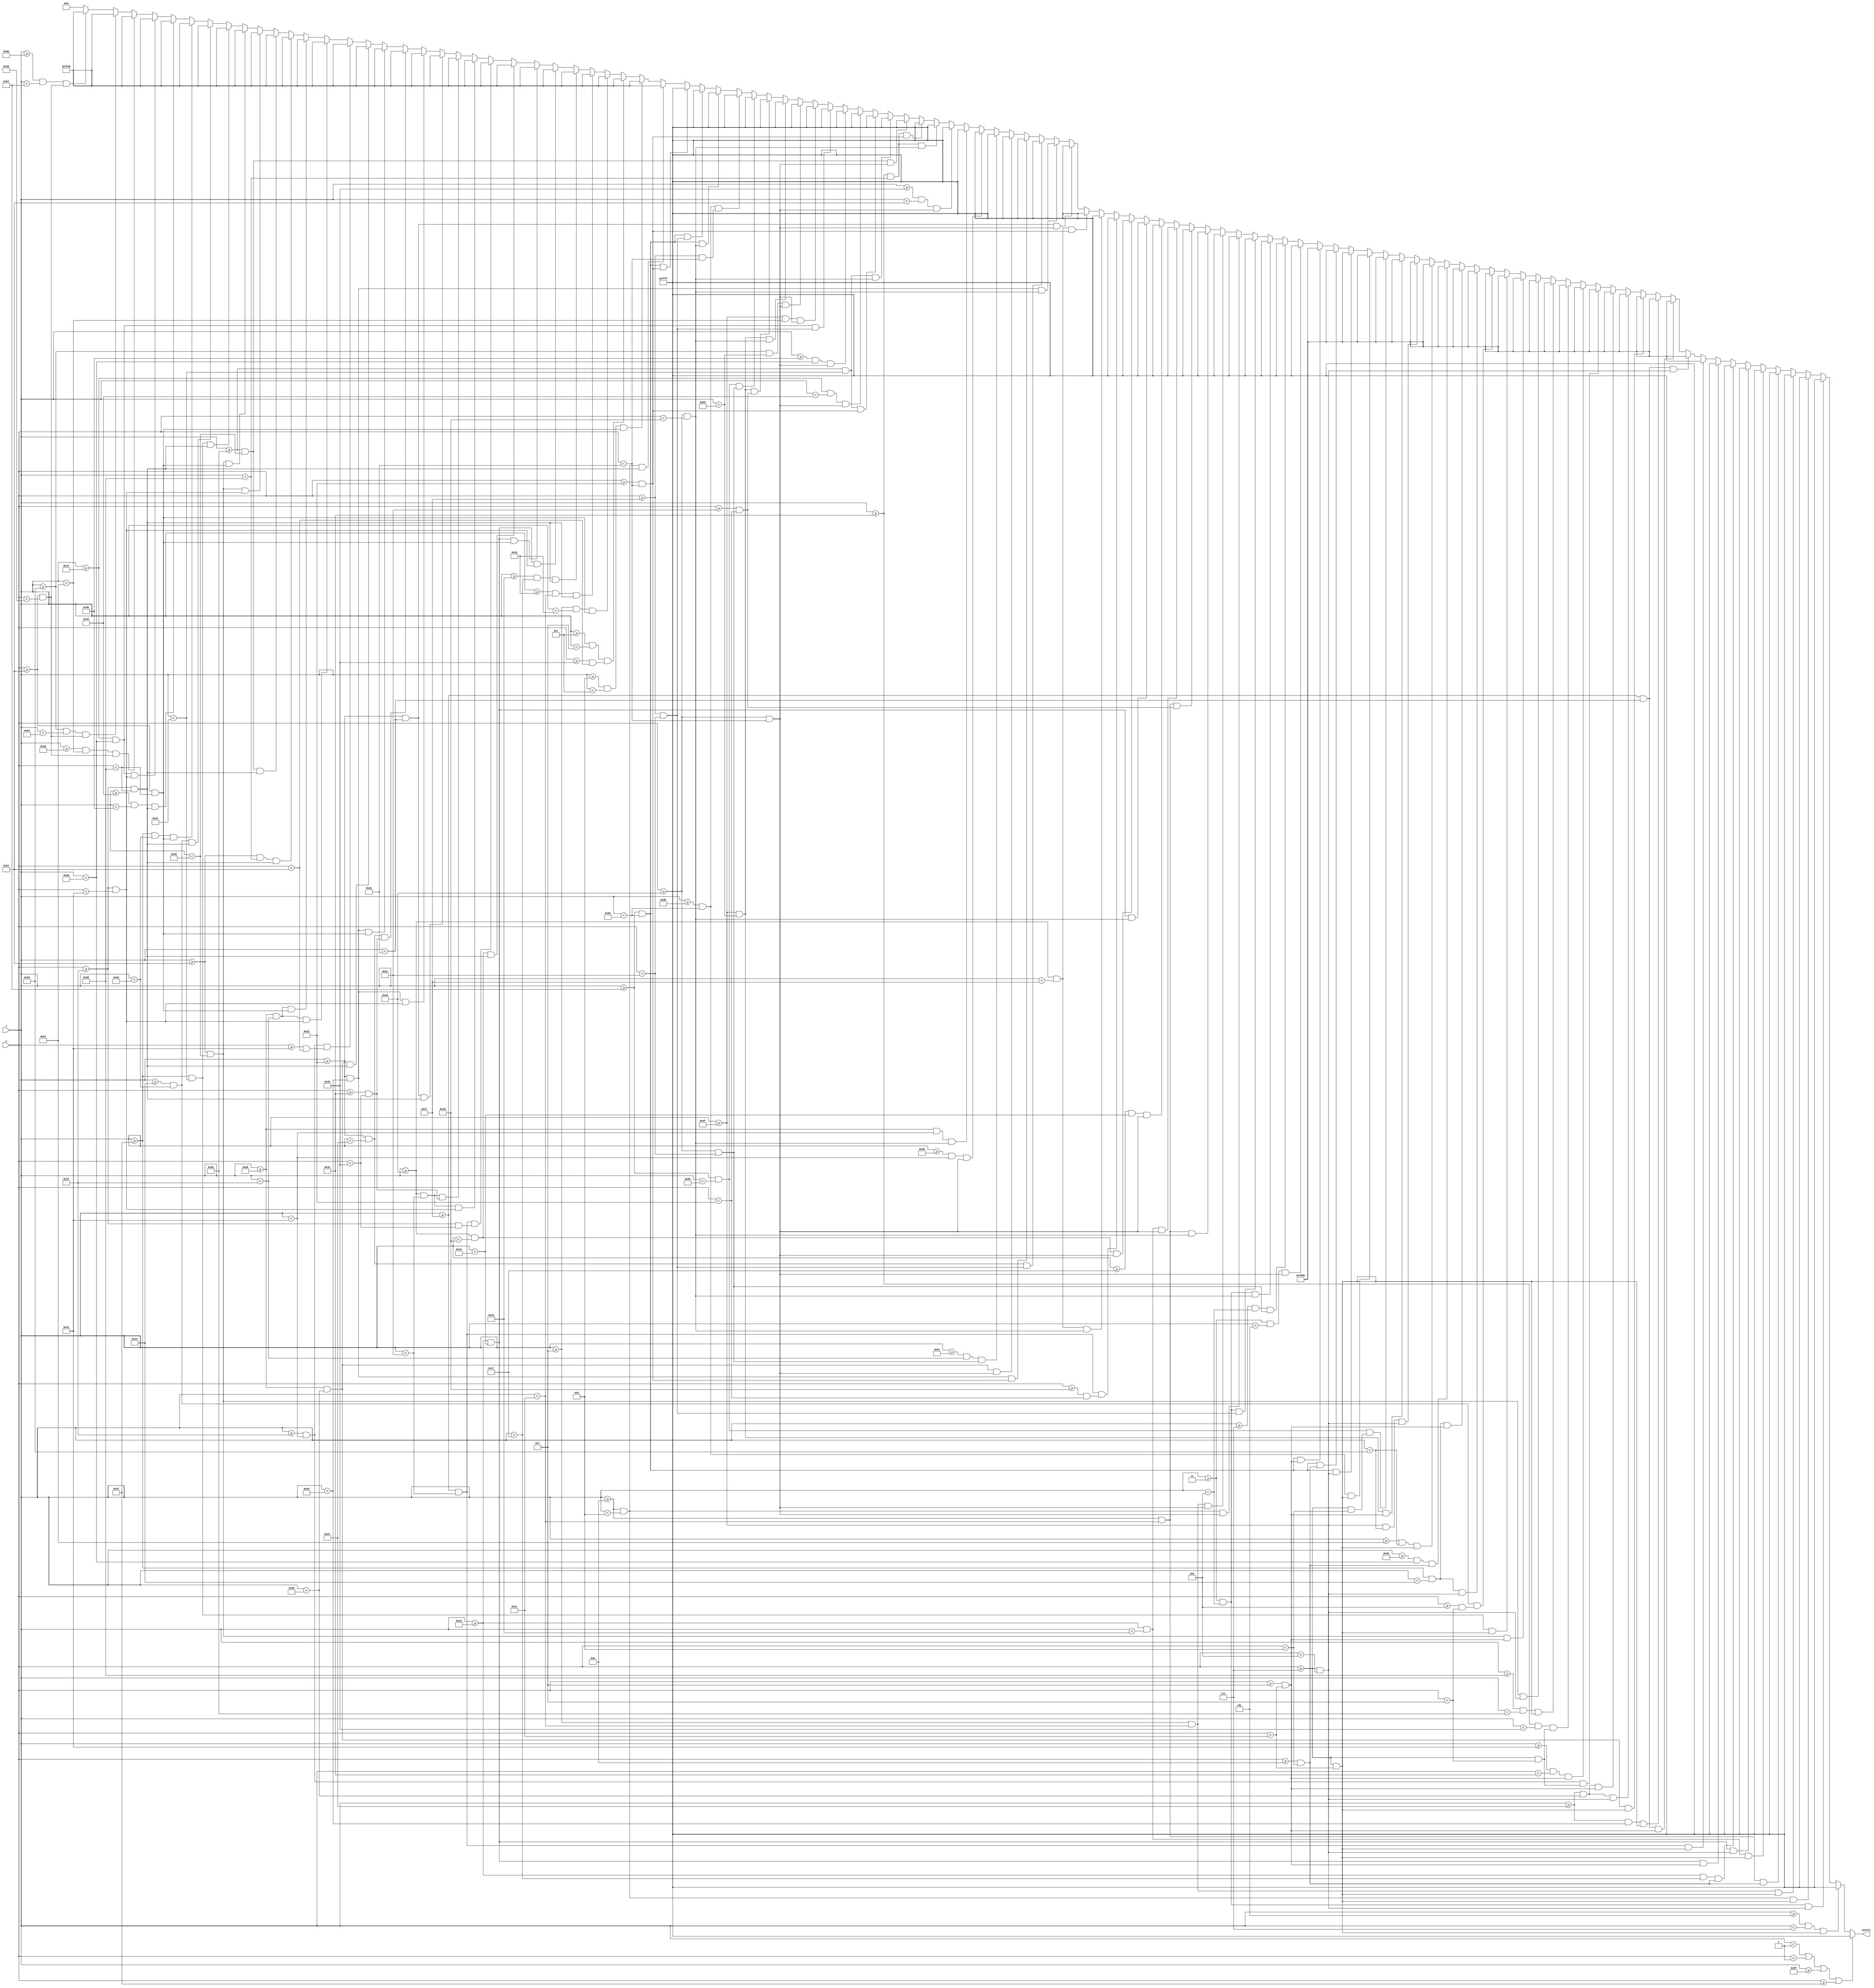
`timescale 1ns / 1ps
//////////////////////////////////////////////////////////////////////////////////
// Company: 
// Engineer: 
// 
// Design Name: 
// Module Name: intro2
// Project Name: 
// Target Devices: 
// Tool Versions: 
// Description: 
// 
// Dependencies: 
// 
// Revision:
// Revision 0.01 - File Created
// Additional Comments:
// 
//////////////////////////////////////////////////////////////////////////////////


// THE COVID-19 PANDEMIC HAS WIPED OUT...
module intro2(
    input [6:0] x,
    input [5:0] y,
    output reg [15:0] pixels
    );
    
    always @ (*) begin
             if (x < 1 || y < 1 || x >= 95 || y >= 63)                 pixels = 16'hFFFF;
             
//        Intro 2
        else if ((x >= 3+2 && x < 3+4) && (y >= 7 && y < 7+10))         pixels = 16'hFFFF; 
        else if ((x >= 3 && x < 3+6)   && (y >= 7 && y < 7+2))          pixels = 16'hFFFF; 
        else if ((x >= 11 && x < 11+2)   && (y >= 7 && y < 7+10))       pixels = 16'hFFFF; 
        else if ((x >= 11+4 && x < 11+6) && (y >= 7 && y < 7+10))       pixels = 16'hFFFF; 
        else if ((x >= 11 && x < 11+6)   && (y >= 7+4 && y < 7+6))      pixels = 16'hFFFF; 
        else if ((x >= 19 && x < 19+2)   && (y >= 7 && y < 7+10))       pixels = 16'hFFFF; 
        else if ((x >= 19 && x < 19+6)   && (y >= 7 && y < 7+2))        pixels = 16'hFFFF; 
        else if ((x >= 19 && x < 19+4)   && (y >= 7+4 && y < 7+6))      pixels = 16'hFFFF; 
        else if ((x >= 19 && x < 19+6)   && (y >= 7+8 && y < 7+10))     pixels = 16'hFFFF; 
        else if ((x >= 31 && x < 31+2)   && (y >= 7 && y < 7+10))       pixels = 16'hF800; 
        else if ((x >= 31 && x < 31+6)   && (y >= 7 && y < 7+2))        pixels = 16'hF800; 
        else if ((x >= 31 && x < 31+6)   && (y >= 7+8 && y < 7+10))     pixels = 16'hF800; 
        else if ((x >= 39 && x < 39+2)   && (y >= 7 && y < 7+10))       pixels = 16'hF800; 
        else if ((x >= 39+4 && x < 39+6) && (y >= 7 && y < 7+10))       pixels = 16'hF800; 
        else if ((x >= 39 && x < 39+6)   && (y >= 7 && y < 7+2))        pixels = 16'hF800; 
        else if ((x >= 39 && x < 39+6)   && (y >= 7+8 && y < 7+10))     pixels = 16'hF800; 
        else if ((x >= 47 && x < 47+2)   && (y >= 7 && y < 7+8))        pixels = 16'hF800; 
        else if ((x >= 47+2 && x < 47+4) && (y >= 7+8 && y < 7+10))     pixels = 16'hF800; 
        else if ((x >= 47+4 && x < 47+6) && (y >= 7 && y < 7+8))        pixels = 16'hF800; 
        else if ((x >= 55+2 && x < 55+4) && (y >= 7 && y < 7+10))       pixels = 16'hF800; 
        else if ((x >= 55 && x < 55+6)   && (y >= 7 && y < 7+2))        pixels = 16'hF800; 
        else if ((x >= 55 && x < 55+6)   && (y >= 7+8 && y < 7+10))     pixels = 16'hF800; 
        else if ((x >= 63 && x < 63+2)   && (y >= 7 && y < 7+10))       pixels = 16'hF800; 
        else if ((x >= 63+4 && x < 63+6) && (y >= 7+2 && y < 7+8))      pixels = 16'hF800; 
        else if ((x >= 63 && x < 63+4)   && (y >= 7 && y < 7+2))        pixels = 16'hF800; 
        else if ((x >= 63 && x < 63+4)   && (y >= 7+8 && y < 7+10))     pixels = 16'hF800; 
        else if ((x >= 72 && x < 72+5) && (y >= 11 && y < 11+2))        pixels = 16'hF800; 
        else if ((x >= 79+2 && x < 79+4) && (y >= 7   && y < 7+10))     pixels = 16'hF800; 
        else if ((x >= 79   && x < 79+4) && (y >= 7   && y < 7+2))      pixels = 16'hF800; 
        else if ((x >= 79   && x < 79+6) && (y >= 7+8 && y < 7+10))     pixels = 16'hF800; 
        else if ((x >= 87   && x < 87+2) && (y >= 7   && y < 7+6))      pixels = 16'hF800; 
        else if ((x >= 87+4 && x < 87+6) && (y >= 7   && y < 7+10))     pixels = 16'hF800; 
        else if ((x >= 87   && x < 87+6) && (y >= 7   && y < 7+2))      pixels = 16'hF800; 
        else if ((x >= 87   && x < 87+6) && (y >= 7+4 && y < 7+6))      pixels = 16'hF800; 
        else if ((x >= 87   && x < 87+6) && (y >= 7+8 && y < 7+10))     pixels = 16'hF800; 
        else if ((x >= 3 && x < 3+2)   && (y >= 27 && y < 27+10))       pixels = 16'hFFFF; 
        else if ((x >= 3+4 && x < 3+6) && (y >= 27 && y < 27+6))        pixels = 16'hFFFF; 
        else if ((x >= 3 && x < 3+6)   && (y >= 27 && y < 27+2))        pixels = 16'hFFFF; 
        else if ((x >= 3 && x < 3+6)   && (y >= 27+4 && y < 27+6))      pixels = 16'hFFFF; 
        else if ((x >= 11 && x < 11+2)   && (y >= 27 && y < 27+10))     pixels = 16'hFFFF; 
        else if ((x >= 11+4 && x < 11+6) && (y >= 27 && y < 27+10))     pixels = 16'hFFFF; 
        else if ((x >= 11 && x < 11+6)   && (y >= 27 && y < 27+2))      pixels = 16'hFFFF; 
        else if ((x >= 11 && x < 11+6)   && (y >= 27+6 && y < 27+8))    pixels = 16'hFFFF; 
        else if ((x >= 19 && x < 19+2)   && (y >= 27 && y < 27+10))     pixels = 16'hFFFF; 
        else if ((x >= 19+4 && x < 19+6) && (y >= 27 && y < 27+10))     pixels = 16'hFFFF; 
        else if ((x >= 19 && x < 19+6)   && (y >= 27 && y < 27+2))      pixels = 16'hFFFF; 
        else if ((x >= 27 && x < 27+2)   && (y >= 27 && y < 27+10))     pixels = 16'hFFFF; 
        else if ((x >= 27+4 && x < 27+6) && (y >= 27+2 && y < 27+8))    pixels = 16'hFFFF;
        else if ((x >= 27 && x < 27+4)   && (y >= 27 && y < 27+2))      pixels = 16'hFFFF; 
        else if ((x >= 27 && x < 27+4)   && (y >= 27+8 && y < 27+10))   pixels = 16'hFFFF; 
        else if ((x >= 35 && x < 35+2)   && (y >= 27 && y < 27+10))     pixels = 16'hFFFF; 
        else if ((x >= 35 && x < 35+6)   && (y >= 27 && y < 27+2))      pixels = 16'hFFFF; 
        else if ((x >= 35 && x < 35+4)   && (y >= 27+4 && y < 27+6))    pixels = 16'hFFFF; 
        else if ((x >= 35 && x < 35+6)   && (y >= 27+8 && y < 27+10))   pixels = 16'hFFFF; 
        else if ((x >= 43 && x < 43+2)   && (y >= 27 && y < 27+10))     pixels = 16'hFFFF; 
        else if ((x >= 43+3 && x < 43+4) && (y >= 27 && y < 27+6))      pixels = 16'hFFFF; 
        else if ((x >= 43+5 && x < 43+6) && (y >= 27 && y < 27+10))     pixels = 16'hFFFF; 
        else if ((x >= 43 && x < 43+6)   && (y >= 27 && y < 27+2))      pixels = 16'hFFFF; 
        else if ((x >= 51+2 && x < 51+4) && (y >= 27 && y < 27+10))     pixels = 16'hFFFF; 
        else if ((x >= 51 && x < 51+6)   && (y >= 27 && y < 27+2))      pixels = 16'hFFFF; 
        else if ((x >= 51 && x < 51+6)   && (y >= 27+8 && y < 27+10))   pixels = 16'hFFFF; 
        else if ((x >= 59 && x < 59+2)   && (y >= 27 && y < 27+10))     pixels = 16'hFFFF; 
        else if ((x >= 59 && x < 59+6)   && (y >= 27 && y < 27+2))      pixels = 16'hFFFF; 
        else if ((x >= 59 && x < 59+6)   && (y >= 27+8 && y < 27+10))   pixels = 16'hFFFF; 
        else if ((x >= 71 && x < 71+2)   && (y >= 27 && y < 27+10))     pixels = 16'hFFFF; 
        else if ((x >= 71+4 && x < 71+6) && (y >= 27 && y < 27+10))     pixels = 16'hFFFF; 
        else if ((x >= 71 && x < 71+6)   && (y >= 27+4 && y < 27+6))    pixels = 16'hFFFF; 
        else if ((x >= 79 && x < 79+2)   && (y >= 27 && y < 27+10))     pixels = 16'hFFFF; 
        else if ((x >= 79+4 && x < 79+6) && (y >= 27 && y < 27+10))     pixels = 16'hFFFF; 
        else if ((x >= 79 && x < 79+6)   && (y >= 27 && y < 27+2))      pixels = 16'hFFFF; 
        else if ((x >= 79 && x < 79+6)   && (y >= 27+6 && y < 27+8))    pixels = 16'hFFFF; 
        else if ((x >= 87 && x < 87+2)   && (y >= 27 && y < 27+6))      pixels = 16'hFFFF; 
        else if ((x >= 87+4 && x < 87+6) && (y >= 27+4 && y < 27+10))   pixels = 16'hFFFF; 
        else if ((x >= 87 && x < 87+6)   && (y >= 27 && y < 27+2))      pixels = 16'hFFFF; 
        else if ((x >= 87 && x < 87+6)   && (y >= 27+4 && y < 27+6))    pixels = 16'hFFFF; 
        else if ((x >= 87 && x < 87+6)   && (y >= 27+8 && y < 27+10))   pixels = 16'hFFFF; 
        else if ((x >= 11 && x < 11+2)   && (y >= 47 && y < 47+10))     pixels = 16'hFFE0; 
        else if ((x >= 11+2 && x < 11+3) && (y >= 47+8 && y < 47+10))   pixels = 16'hFFE0; 
        else if ((x >= 11+3 && x < 11+4) && (y >= 47+6 && y < 47+8))    pixels = 16'hFFE0; 
        else if ((x >= 11+4 && x < 11+5) && (y >= 47+8 && y < 47+10))   pixels = 16'hFFE0; 
        else if ((x >= 11+5 && x < 11+6) && (y >= 47 && y < 47+10))     pixels = 16'hFFE0; 
        else if ((x >= 19+2 && x < 19+4) && (y >= 47 && y < 47+10))     pixels = 16'hFFE0; 
        else if ((x >= 19 && x < 19+6)   && (y >= 47 && y < 47+2))      pixels = 16'hFFE0; 
        else if ((x >= 19 && x < 19+6)   && (y >= 47+8 && y < 47+10))   pixels = 16'hFFE0; 
        else if ((x >= 27 && x < 27+2)   && (y >= 47 && y < 47+10))     pixels = 16'hFFE0; 
        else if ((x >= 27+4 && x < 27+6) && (y >= 47 && y < 47+6))      pixels = 16'hFFE0; 
        else if ((x >= 27 && x < 27+6)   && (y >= 47 && y < 47+2))      pixels = 16'hFFE0; 
        else if ((x >= 27 && x < 27+6)   && (y >= 47+4 && y < 47+6))    pixels = 16'hFFE0; 
        else if ((x >= 35 && x < 35+2)   && (y >= 47 && y < 47+10))     pixels = 16'hFFE0; 
        else if ((x >= 35 && x < 35+6)   && (y >= 47 && y < 47+2))      pixels = 16'hFFE0; 
        else if ((x >= 35 && x < 35+4)   && (y >= 47+4 && y < 47+6))    pixels = 16'hFFE0; 
        else if ((x >= 35 && x < 35+6)   && (y >= 47+8 && y < 47+10))   pixels = 16'hFFE0; 
        else if ((x >= 43 && x < 43+2)   && (y >= 47 && y < 47+10))     pixels = 16'hFFE0; 
        else if ((x >= 43+4 && x < 43+6) && (y >= 47+2 && y < 47+8))    pixels = 16'hFFE0; 
        else if ((x >= 43 && x < 43+4)   && (y >= 47 && y < 47+2))      pixels = 16'hFFE0; 
        else if ((x >= 43 && x < 43+4)   && (y >= 47+8 && y < 47+10))   pixels = 16'hFFE0;
        else if ((x >= 55 && x < 55+2)   && (y >= 47 && y < 47+10))     pixels = 16'hFFE0; 
        else if ((x >= 55+4 && x < 55+6) && (y >= 47 && y < 47+10))     pixels = 16'hFFE0; 
        else if ((x >= 55 && x < 55+6)   && (y >= 47 && y < 47+2))      pixels = 16'hFFE0; 
        else if ((x >= 55 && x < 55+6)   && (y >= 47+8 && y < 47+10))   pixels = 16'hFFE0; 
        else if ((x >= 63 && x < 63+2)   && (y >= 47 && y < 47+10))     pixels = 16'hFFE0; 
        else if ((x >= 63+4 && x < 63+6) && (y >= 47 && y < 47+10))     pixels = 16'hFFE0; 
        else if ((x >= 63 && x < 63+6)   && (y >= 47+8 && y < 47+10))   pixels = 16'hFFE0; 
        else if ((x >= 71+2 && x < 71+4) && (y >= 47 && y < 47+10))     pixels = 16'hFFE0; 
        else if ((x >= 71 && x < 71+6)   && (y >= 47 && y < 47+2))      pixels = 16'hFFE0; 
        else if ((x >= 80   && x < 80+1) && (y >= 55   && y < 55+1))    pixels = 16'hFFE0; 
        else if ((x >= 83   && x < 83+1) && (y >= 55   && y < 55+1))    pixels = 16'hFFE0; 
        else if ((x >= 86   && x < 86+1) && (y >= 55   && y < 55+1))    pixels = 16'hFFE0;
        else pixels = 16'h0000;
    end
    
endmodule